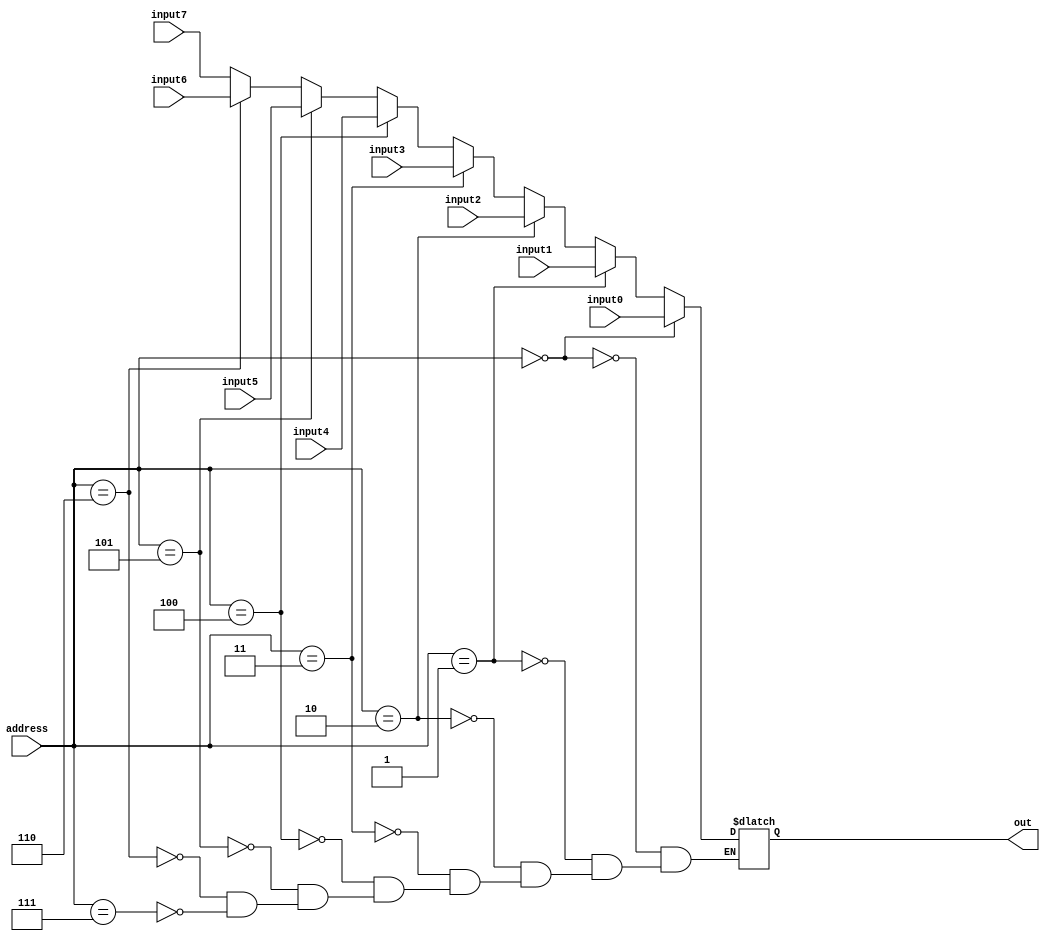
`ifndef _my_incl_vh_
`define _my_incl_vh_
module mux8to1by32
(
  output reg[31:0]      out,
  input[2:0]  address,
  input[31:0]  input0, input1, input2, input3, input4, input5, input6, input7
);

    always @ ( * ) begin
      if(address==3'd0) begin
        out <= input0; // Connect the output of the array
      end else if (address==3'd1)begin
        out <= input1; // Connect the output of the array
      end else if (address==3'd2)begin
        out <= input2; // Connect the output of the array
      end else if (address==3'd3)begin
        out <= input3; // Connect the output of the array
      end else if (address==3'd4) begin
        out <= input4; // Connect the output of the array
      end else if (address==3'd5)begin
        out <= input5; // Connect the output of the array
      end else if (address==3'd6)begin
        out <= input6; // Connect the output of the array
      end else if (address==3'd7)begin
        out <= input7; // Connect the output of the array
      end

    end
endmodule

module mux4to1by32
(
  output reg[31:0]      out,
  input[1:0]  address,
  input[31:0]  input0, input1, input2, input3
);

    always @ ( * ) begin
      if(address==2'd0) begin
        out <= input0; // Connect the output of the array
      end else if (address==2'd1)begin
        out <= input1; // Connect the output of the array
      end else if (address==2'd2)begin
        out <= input2; // Connect the output of the array
      end else if (address==2'd3)begin
        out <= input3; // Connect the output of the array
      end
    end
endmodule

module mux4to1by5
(
  output reg [4:0]      out,
  input[1:0]  address,
  input[4:0]  input0, input1, input2, input3
);


    always @ ( * ) begin
      if(address==2'd0) begin
        out <= input0; // Connect the output of the array
      end else if (address==2'd1)begin
        out <= input1; // Connect the output of the array
      end else if (address==2'd2)begin
        out <= input2; // Connect the output of the array
      end else if (address==2'd3)begin
        out <= input3; // Connect the output of the array
      end
    end

endmodule


module mux2to1by1
(
  output reg      out,
  input  address,
  input  input0, input1
);


    always @ ( * ) begin
      if(address==2'd0) begin
        out <= input0; // Connect the output of the array
      end else if (address==2'd1)begin
        out <= input1; // Connect the output of the array
      end
    end

endmodule

module mux2to1by8
(
  output reg[7:0]      out,
  input  address,
  input[7:0]  input0, input1
);


    always @ ( * ) begin
      if(address==2'd0) begin
        out <= input0; // Connect the output of the array
      end else if (address==2'd1)begin
        out <= input1; // Connect the output of the array
      end
    end

endmodule

module mux2to1by5
(
  output reg[4:0]      out,
  input  address,
  input[4:0]  input0, input1
);


    always @ ( * ) begin
      if(address==2'd0) begin
        out <= input0; // Connect the output of the array
      end else if (address==2'd1)begin
        out <= input1; // Connect the output of the array
      end
    end

endmodule


module mux2to1by32
(
  output reg[31:0]      out,
  input  address,
  input[31:0]  input0, input1
);

    always @ ( * ) begin
      if(address==2'd0) begin
        out <= input0; // Connect the output of the array
      end else if (address==2'd1)begin
        out <= input1; // Connect the output of the array
      end
    end
endmodule
`endif